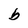
Character: b